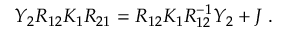
Y _ { 2 } R _ { 1 2 } K _ { 1 } R _ { 2 1 } = R _ { 1 2 } K _ { 1 } R _ { 1 2 } ^ { - 1 } Y _ { 2 } + J \; .